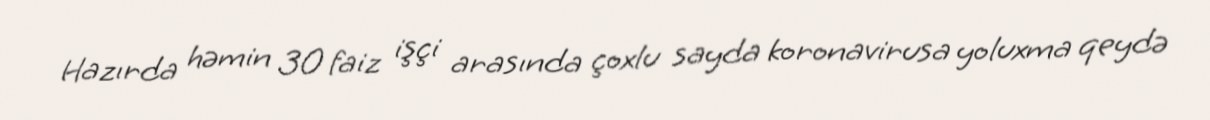
Hazırda həmin 30 faiz işçi arasında çoxlu sayda koronavirusa yoluxma qeydə